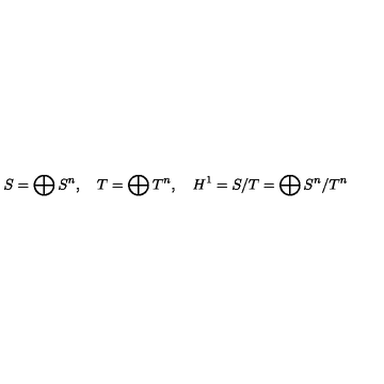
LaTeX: S = \bigoplus S ^ { n } , \quad T = \bigoplus T ^ { n } , \quad H ^ { 1 } = S / T = \bigoplus S ^ { n } / T ^ { n }